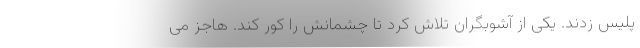
پلیس زدند. یکی از آشوبگران تلاش کرد تا چشمانش را کور کند. هاجز می